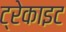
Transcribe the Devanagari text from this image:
ट्रेकाइट